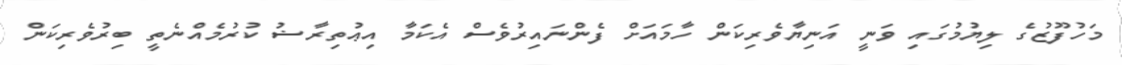
މަހުފޫޒުގެ ލިޔުމުގައި ވަނީ އަނިޔާވެރިކަން ހާމައަށް ފެންނައިރުވެސް އެކަމާ އިޢުތިރާޟު ކުރުމެއްނެތީ ބިރުވެރިކަން